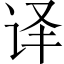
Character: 译